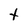
Character: t